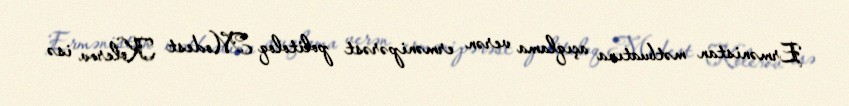
Ermənistan mətbuatına açıqlama verən ermənipərəst politoloq Modest Kolerov isə